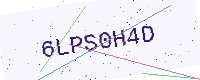
Text: 6LPS0H4D